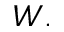
W .